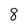
Character: 8